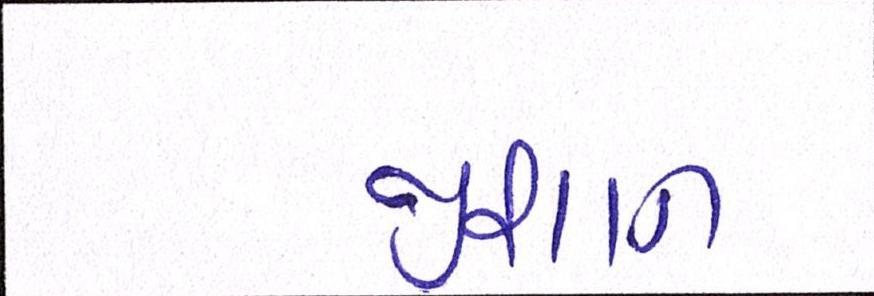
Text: જીશાન